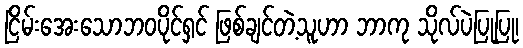
ငြိမ်းအေးသောဘဝပိုင်ရှင် ဖြစ်ချင်တဲ့သူဟာ ဘာကု သိုလ်ပဲပြုပြု၊